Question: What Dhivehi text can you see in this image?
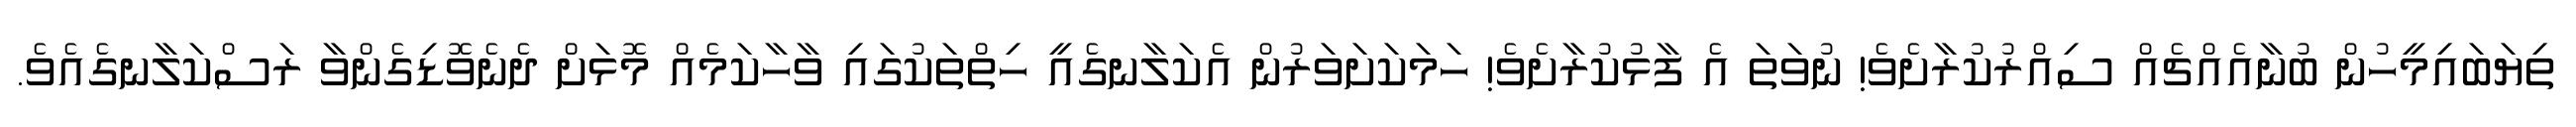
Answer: ތިޔަބައިމީހުން ބުނާއެއްޗެއް ސިއްރުކުރާށެވެ! ނުވަތަ އެ ފާޅުކުރާށެވެ! ހަމަކަށަވަރުން އެކަލާނގެއީ ހިތްތަކުގައި ވާހާކަމެއް މޮޅަށް ދެނެވޮޑިގެންވާ ރަސްކަލާނގެއެވެ.